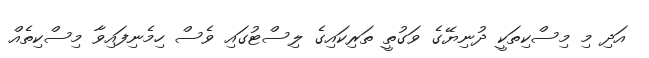
އަދި މި މިސްކިތަކީ ދުނިޔޭގެ ވަގުތީ ތަރިކައިގެ ލިސްޓުގައި ވެސް ހިމެނިފައިވާ މިސްކިތެއް